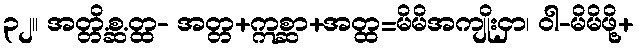
၃၂။ အတ္တိ.စ္ဆ.တ္ထ- အတ္တ+ဣစ္ဆာ+အတ္ထ=မိမိအကျိုးငှာ၊ ဝါ-မိမိဖို့+